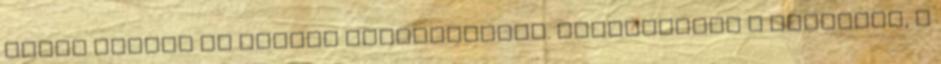
mözsi kórust az ottani polgármester. Megmutatták a hivatalt, a